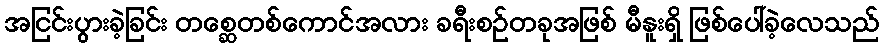
အငြင်းပွားခဲ့ခြင်း တစ္ဆေတစ်ကောင်အလား ခရီးစဉ်တခုအဖြစ် မီနူးရှိ ဖြစ်ပေါ်ခဲ့လေသည်